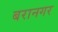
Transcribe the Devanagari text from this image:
बरानगर